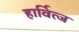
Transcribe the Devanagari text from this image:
हार्वित्ज